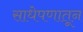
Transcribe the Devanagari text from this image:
साधेपणातून